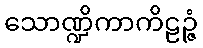
သောဏ္ဍိကာကိဠဉ္ဇံ